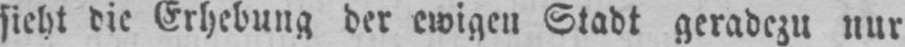
sieht die Erhebung der ewigen Stadt geradezu nur